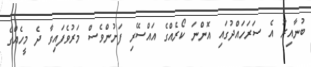
ބުނާއިރު އެ ސަރަހައްދުގައި އޮންނަ ކޯރެއްގެ އައްސޭރި ފަށުންވެސް މަރުވެފައިވާ ދެ މީހެއްގެ